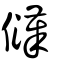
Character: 𪝳